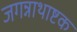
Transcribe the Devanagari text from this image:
जगन्नाथाष्टक